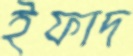
ইফাদ